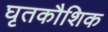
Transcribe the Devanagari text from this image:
घृतकौशिक